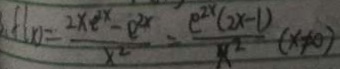
f ( x ) = \frac { 2 x e x ^ { 2 x } } { x ^ { 2 } } = \frac { e ^ { 2 x } ( 2 x - 1 ) } { x ^ { 2 } } ( x \neq 0 )